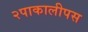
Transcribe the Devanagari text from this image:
२पाकालीपस